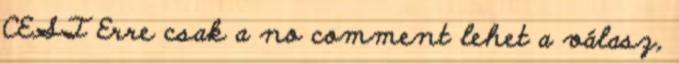
CEST Erre csak a no comment lehet a válasz,